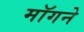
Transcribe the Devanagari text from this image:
माॅगने